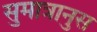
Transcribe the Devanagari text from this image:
सुमात्रानुस